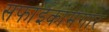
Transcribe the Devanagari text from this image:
सफाईकामगार